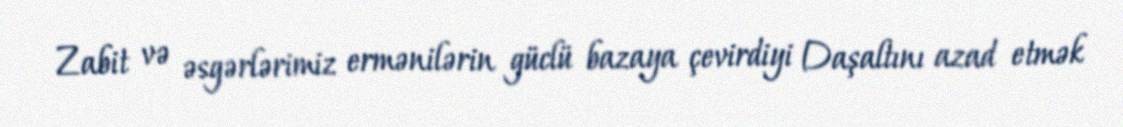
Zabit və əsgərlərimiz ermənilərin güclü bazaya çevirdiyi Daşaltını azad etmək